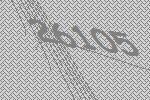
26105